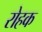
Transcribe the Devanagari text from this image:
रोहक